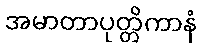
အမာတာပုတ္တိကာနံ